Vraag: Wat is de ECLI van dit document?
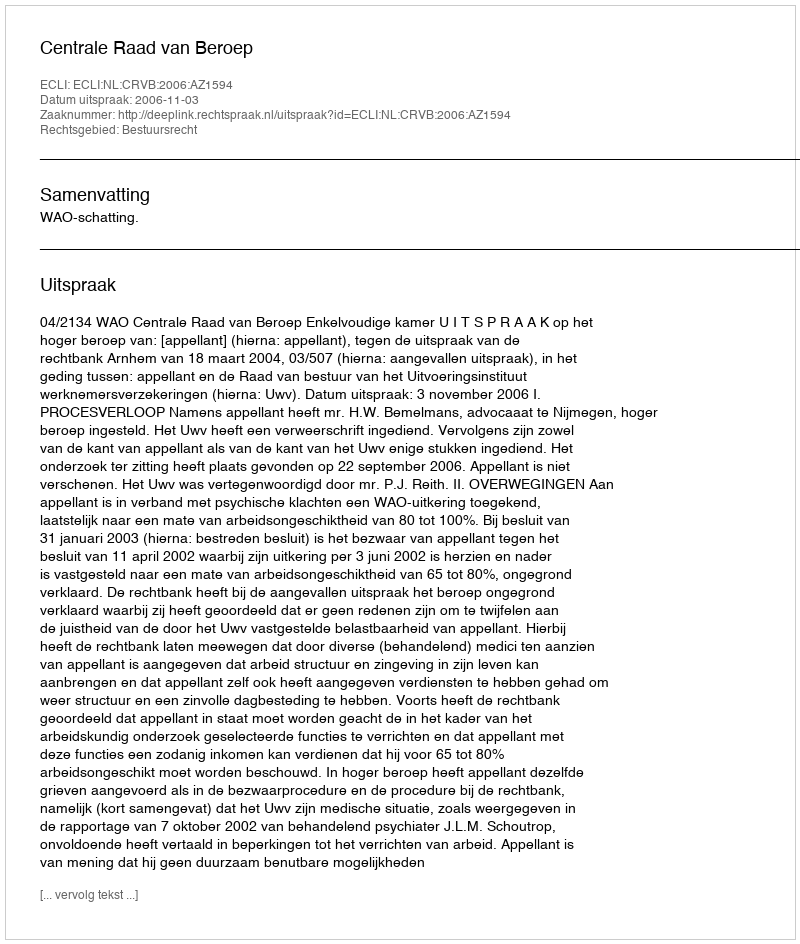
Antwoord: ECLI:NL:CRVB:2006:AZ1594